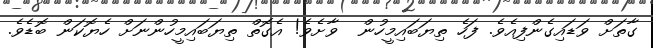
ގާތަށް ވަޑައިގެންފިއެވެ. ފަހެ ތިޔަބައިމީހުން  ވާށެވެ! އެގޮތް ތިޔަބައިމީހުންނަށް ހެޔޮކަން ބޮޑެވެ.